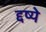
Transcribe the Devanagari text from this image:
द्दष्ये